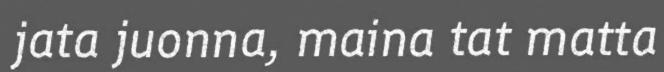
jata juonna, maina tat matta